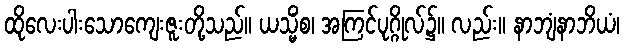
ထိုလေးပါးသောကျေးဇူးတို့သည်။ ယသ္မိံစ၊ အကြင်ပုဂ္ဂိုလ်၌။ လည်း။ နာဘျံနာဘိယံ၊